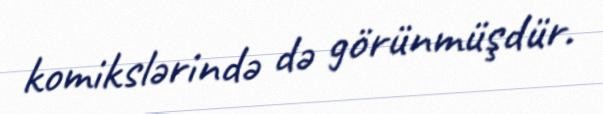
komikslərində də görünmüşdür.